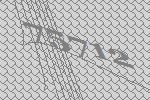
75712